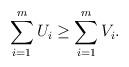
LaTeX: \begin{align*} \sum_{i=1}^m U_i \geq \sum_{i=1}^m V_i.\end{align*}